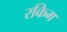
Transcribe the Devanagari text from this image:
रकिम